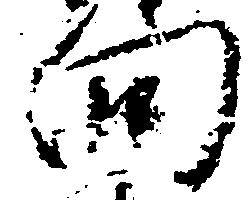
向